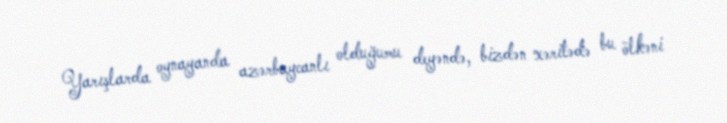
Yarışlarda oynayanda azərbaycanlı olduğumu deyəndə, bizdən xəritədə bu ölkəni